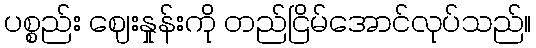
ပစ္စည်း ဈေးနှုန်းကို တည်ငြိမ်အောင်လုပ်သည်။